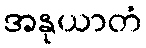
အနုယာတံ